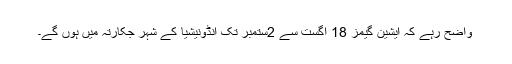
واضح رہے کہ ایشین گیمز 18 اگست سے 2ستمبر تک انڈونیشیا کے شہر جکارتہ میں ہوں گے۔